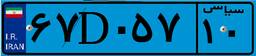
۶۷D۰۵۷۱۰